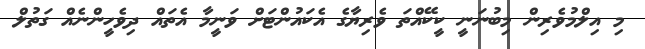
މި އިލްމުވެރިން މިބުނަނީ ކީކޭއްތަ ވެރިޔާގެ އެކައުންޓަށް ވަނީމާ އެތައް ދިވެހީންނެއް ގަތުލް